Medical and sanitary report of the native army of Madras for the year
Year: 1875
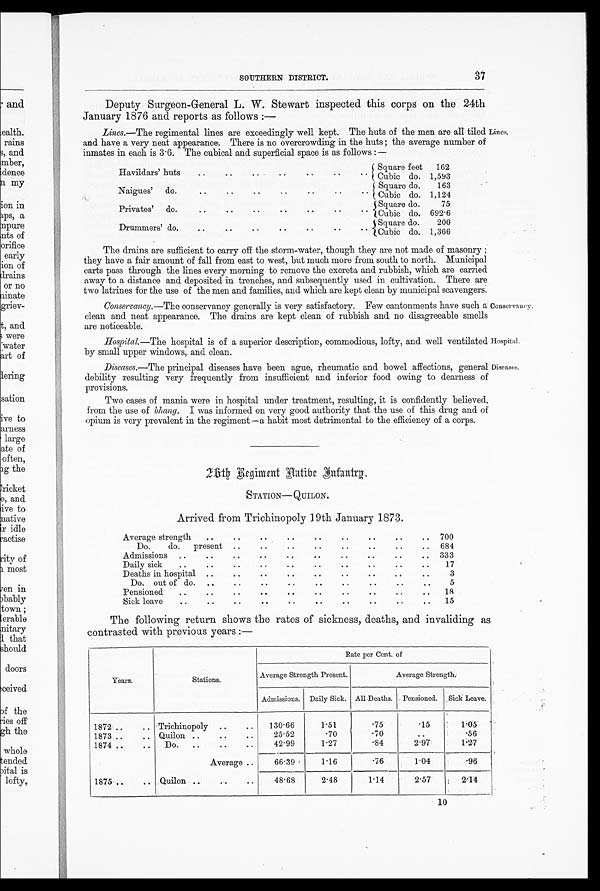
37
SOUTHERN DISTRICT.
Deputy Surgeon-General L. W. Stewart inspected this corps on the 24th
January 1876 and reports as follows :—
Lines.—The regimental lines are exceedingly well kept. The huts of the men are all tiled
and have a very neat appearance. There is no overcrowding in the huts the average number of
inmates in each is 3.6. The cubical and superficial space is as follows :—
Havildarss' huts
Square feet
172
Cubic do. 1,793
Naigues' do.
Square do.
143
Cubic do. 1,124
Privates' do.
Square do.
77
Cubic do. 632-4
Drummers' do.
Square do.
200
Cubic do. 1,364
Lines.
The drains are sufficient to carry off the storm-water, though they are not made of masonry ;
they have a fair amount of fall from east to west, but much more from south to north. Municipal
carts pass through the lines every morning to remove the excreta and rubbish, which are carried
away to a distance and deposited in trenches, and subsequently used in cultivation. There are
two latrines for the use of the men and families, and which are kept clean by municipal scavengers.
Conservancy.—The conservancy generally is very satisfactory. Few cantonments have such a
clean and neat appearance. The drains are kept clean of rubbish and no disagreeable smells
are noticeable.
Hospital.—The hospital is of a superior description, commodious, lofty, and well ventilated
by small upper windows, and clean.
Diseases.—The principal diseases have been ague, rheulnatic and bowel affections, general
debility resulting very frequently from insufficient and inferior food owing to dearness of
provisions.
Two cases of mania were in hospital under treatment, resulting, it is confidently believed,
from the use of Change. I was informed on very good authority that the use of this drug and of
opium is very prevalent in the regiment--a habit most detrimental to the efficiency of a corps.
Conservancy.
Hospital.
Diseases.
gginent Baffin biantill.
STATION—QUILON.
Arrived from Trichinopoly 19th January 1873.
Average strength
700
Do. do.
present
684
Admissions
333
Daily sick
17
Deaths in hospital
3
Do. out of do.
5
Pensioned
18
Sick leave
17
The following return shows the rates of sickness, deaths, and invaliding as
contrasted with previous years :—
Y e a r s .
Sta tions.
Rate per Cent. of
Average Strength Present.
Average Strewed:
Admissions. Daily Sick. All Deaths. , Pensioned.
Sick Leave.
1872
Trichinopoly
1 3 0 . 6 6
1.71
. 7 5 .17
1;05
1873
Quilon
27.72
.70
. 7 0
. .
7 7
1874
Do.
42.33
1 . 2 7
. 8 4 2.37
1.27
Average
66.39
1 . 1 6
. 7 6 1.04
3 7
1875
Quilon
4 8 - 6 8
2 . 4 8
1 . 1 4
2.77
2.14
10